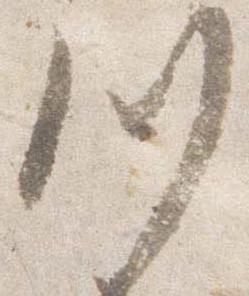
川